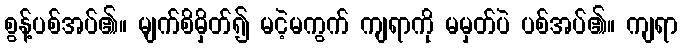
စွန့်ပစ်အပ်၏။ မျက်စိမှိတ်၍ မငဲ့မကွက် ကျရာကို မမှတ်ပဲ ပစ်အပ်၏။ ကျရာ